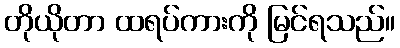
တိုယိုတာ ထရပ်ကားကို မြင်ရသည်။